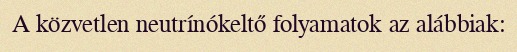
A közvetlen neutrínókeltő folyamatok az alábbiak: